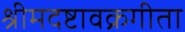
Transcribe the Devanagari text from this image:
श्रीमदष्टावक्रगीता